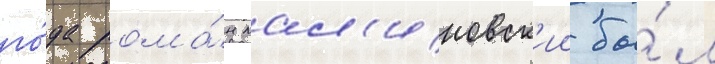
го́да рома́н мал'иновск'ии бы́л